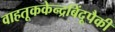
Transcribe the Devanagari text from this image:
वाहतूककेन्द्रबिंदूपैकी